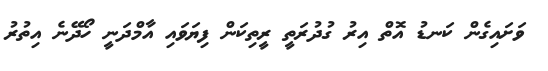
ވަށައިގެން ކަނޑު އޮތް އިރު ގުދުރަތީ ރީތިކަން ފިޔަވައި އާމްދަނީ ހޯދޭނެ އިތުރު